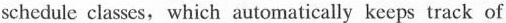
schedule classes which automatically keeps track of